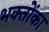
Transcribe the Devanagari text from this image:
भक्तोंका